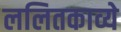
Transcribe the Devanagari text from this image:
ललितकाव्ये